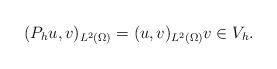
LaTeX: \begin{align*}(P_h u, v)_{L^2(\Omega)} = (u,v)_{L^2(\Omega)} v \in V_h.\end{align*}